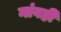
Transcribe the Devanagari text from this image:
नांवही